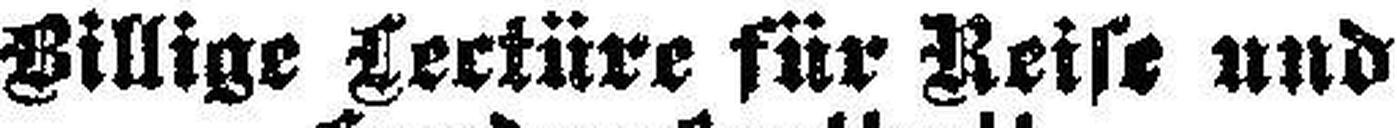
Billige Lectüre für Reise und